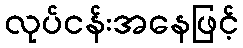
လုပ်ငန်းအနေဖြင့်